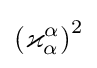
\left(\varkappa _{\alpha }^{\alpha }\right)^{2}